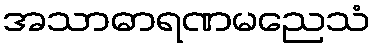
အသာဓာရဏမညေသံ